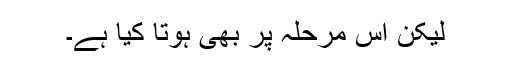
لیکن اس مرحلہ پر بھی ہوتا کیا ہے۔